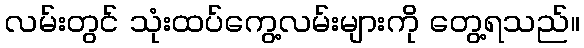
လမ်းတွင် သုံးထပ်ကွေ့လမ်းများကို တွေ့ရသည်။